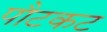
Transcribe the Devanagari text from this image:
पौटकट